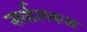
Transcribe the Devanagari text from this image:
सर्वात्मकता